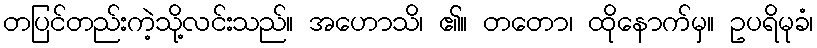
တပြင်တည်းကဲ့သို့လင်းသည်။ အဟောသိ၊ ၏။ တတော၊ ထိုနောက်မှ။ ဥပရိမုခံ၊